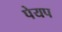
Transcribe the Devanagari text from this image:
पेयप